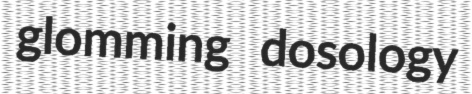
glomming dosology